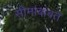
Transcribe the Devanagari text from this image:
सीमांबाबत